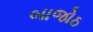
બાજોઠ